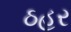
ઠહર